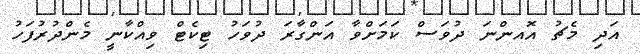
އަދި މެޗު އޮއންނަ ދުވަސް ކަމަށްވާ އަންގާރަ ދުވަހު ޓިކެޓް ވިއްކާނީ މެންދުރުފަހު